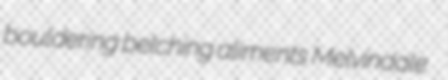
bouldering belching aliments Melvindale